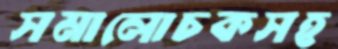
সমালোচকসহ